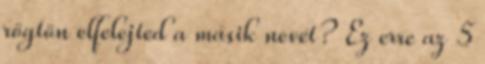
rögtön elfelejted a másik nevét? Ez erre az 5